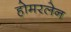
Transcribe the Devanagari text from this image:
होमरलेन